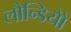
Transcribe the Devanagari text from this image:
लौन्डियोे